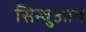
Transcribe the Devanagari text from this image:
सिन्चुआन